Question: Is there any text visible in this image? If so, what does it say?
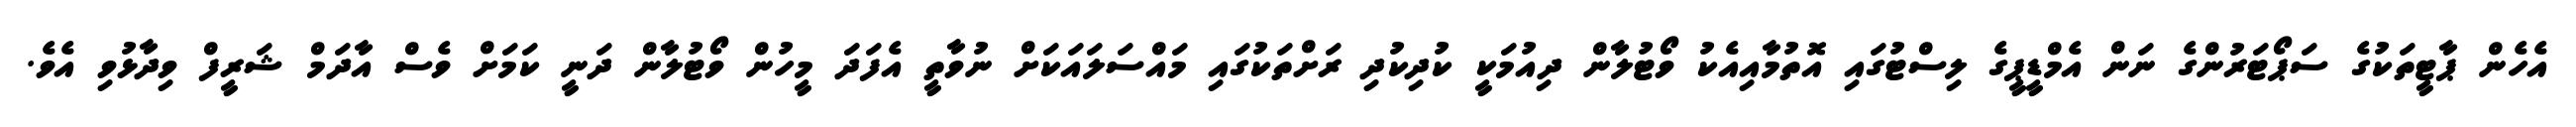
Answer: އެހެން ޕާޓީތަކުގެ ސަޕޯޓަރުންގެ ނަން އެމްޑީޕީގެ ލިސްޓުގައި އޮތުމާއިއެކު ވޯޓުލާން ދިއުމަކީ ކުދިކުދި ރަށްތަކުގައި މައްސަލައަކަށް ނުވާތީ އެފަދަ މީހުން ވޯޓުލާން ދަނީ ކަމަށް ވެސް އާދަމް ޝަރީފް ވިދާޅުވި އެވެ.